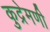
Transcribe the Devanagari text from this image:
कुद्रेमणी